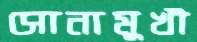
সোনামুখী